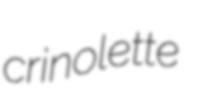
crinolette